Report of an investigation of the epidemic of malarial fever in Assam, or, kala-azar
Disease focus: Malaria
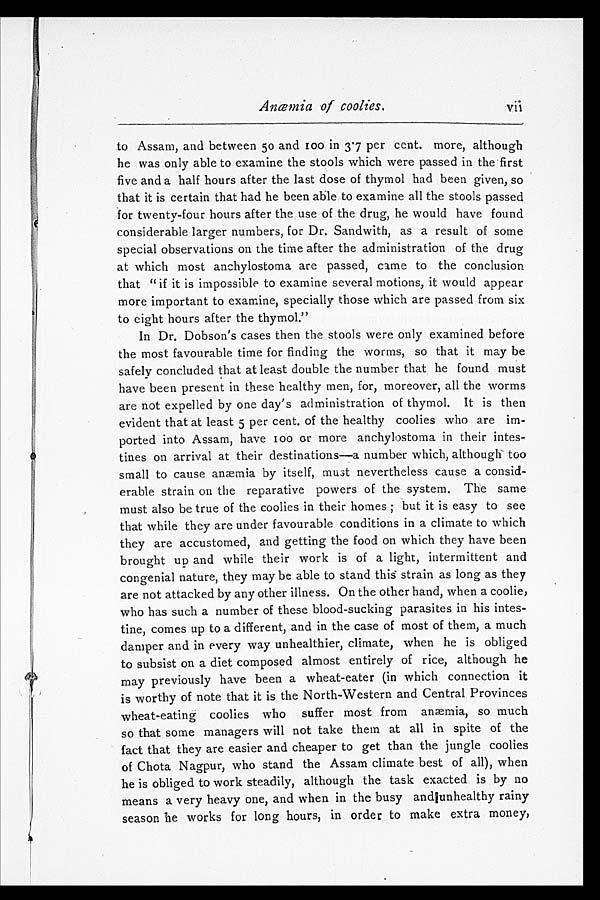
Anæmia of coolies.
vii
to Assam, and between 50 and 100 in 3.7 per cent. more, although
he was only able to examine the stools which were passed in the first
five and a half hours after the last dose of thymol had been given, so
that it is certain that had he been able to examine all the stools passed
for twenty-four hours after the use of the drug, he would have found
considerable larger numbers, for Dr. Sandwith, as a result of some
special observations on the time after the administration of the drug
at which most anchylostoma are passed, came to the conclusion
that "if it is impossible to examine several motions, it would appear
more important to examine, specially those which are passed from six
to eight hours after the thymol."
In Dr. Dobson's cases then the stools were only examined before
the most favourable time for finding the worms, so that it may be
safely concluded that at least double the number that he found must
have been present in these healthy men, for, moreover, all the worms
are not expelled by one day's administration of thymol. It is then
evident that at least 5 per cent. of the healthy coolies who are im
-ported into Assam, have 100 or more anchylostoma in their intes
-tines on arrival at their destinations—a number which, although too
small to cause anæmia by itself, must nevertheless cause a consid-
erable strain on the reparative powers of the system. The same
must also be true of the coolies in their homes; but it is easy to see
that while they are under favourable conditions in a climate to which
they are accustomed, and getting the food on which they have been
brought up and while their work is of a light, intermittent and
congenial nature, they may be able to stand this strain as long as they
are not attacked by any other illness. On the other hand, when a coolie,
who has such a number of these blood-sucking parasites in his intes
-tine, comes up to a different, and in the case of most of them, a much
damper and in every way unhealthier, climate, when he is obliged
to subsist on a diet composed almost entirely of rice, although he
may previously have been a wheat-eater (in which connection it
is worthy of note that it is the North-Western and Central Provinces
wheat-eating coolies who suffer most from anæmia, so much
so that some managers will not take them at all in spite of the
fact that they are easier and cheaper to get than the jungle coolies
of Chota Nagpur, who stand the Assam climate best of all), when
he is obliged to work steadily, although the task exacted is by no
means a very heavy one, and when in the busy and unhealthy rainy
season he works for long hours, in order to make extra money,